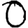
Digit: 0